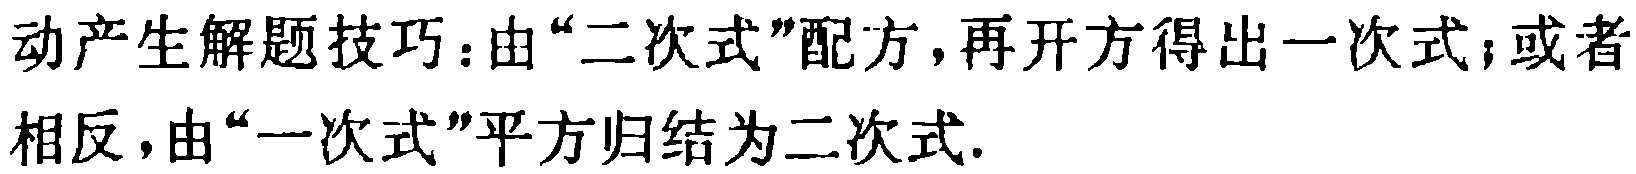
动产生解题技巧：由“二次式”配方，再开方得出一次式；或者相反，由“一次式”平方归结为二次式.